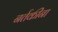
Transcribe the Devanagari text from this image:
नर्तकींना